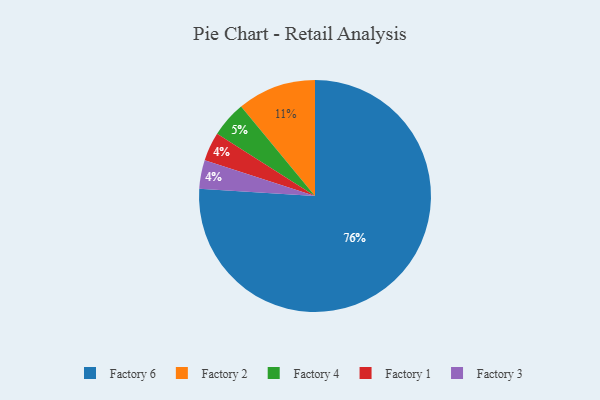
{"axis": {"x": "Category", "y": "Percentage"}, "legend": ["Factory 1", "Factory 2", "Factory 3", "Factory 4", "Factory 6"], "data": [{"x": "Factory 6", "y": 76, "type": "Factory 6"}, {"x": "Factory 2", "y": 11, "type": "Factory 2"}, {"x": "Factory 1", "y": 4, "type": "Factory 1"}, {"x": "Factory 3", "y": 4, "type": "Factory 3"}, {"x": "Factory 4", "y": 5, "type": "Factory 4"}]}